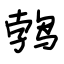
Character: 鹁